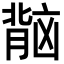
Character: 𬛏